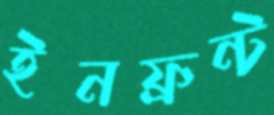
ইনফ্রন্ট